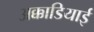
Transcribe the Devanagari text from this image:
अक्काडियाई